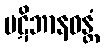
ပဋိဘာနဝန္တံ